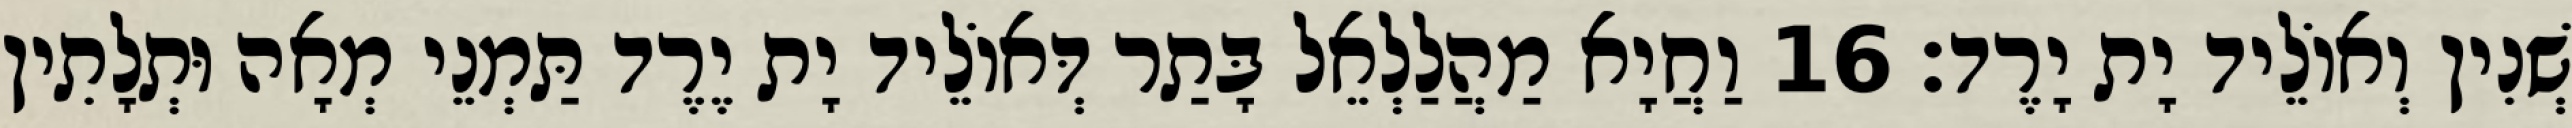
שְׁנִין וְאוֹלֵיד יָת יָרֶד׃ 16 וַחֲיָא מַהֲלַלְאֵל בָּתַר דְּאוֹלֵיד יָת יֶרֶד תַּמְנֵי מְאָה וּתְלָתִין